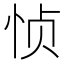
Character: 𮲅